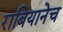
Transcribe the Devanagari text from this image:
राबियानेच